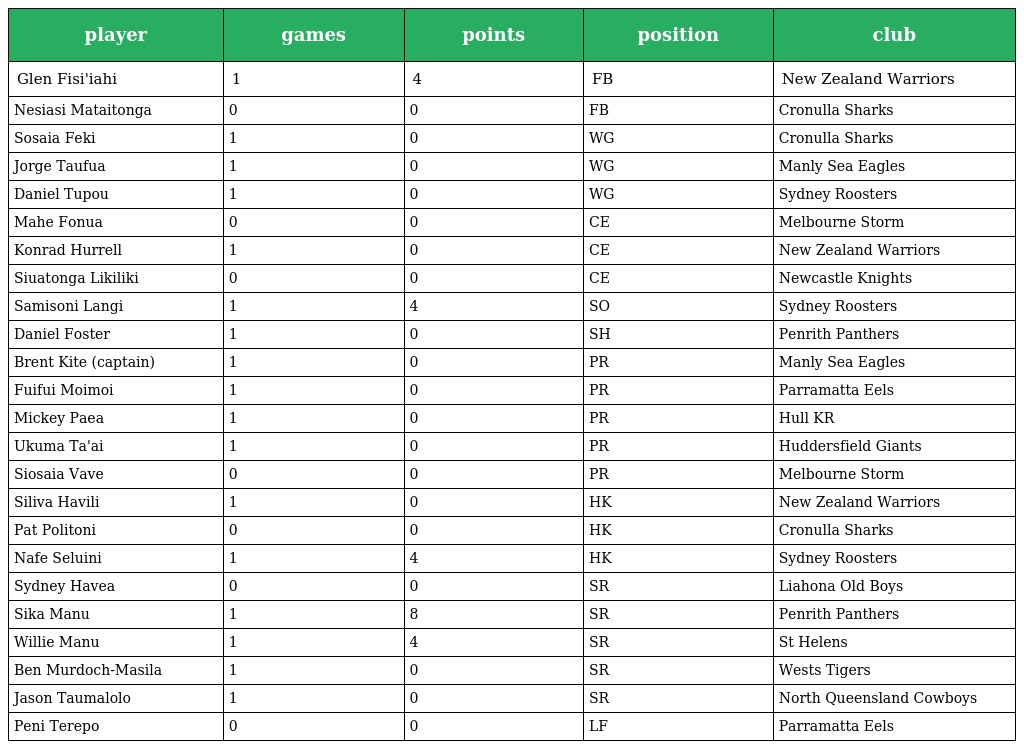
| player | games | points | position | club |
 | --- | --- | --- | --- | --- |
 | Glen Fisi'iahi | 1 | 4 | FB | New Zealand Warriors |
 | Nesiasi Mataitonga | 0 | 0 | FB | Cronulla Sharks |
 | Sosaia Feki | 1 | 0 | WG | Cronulla Sharks |
 | Jorge Taufua | 1 | 0 | WG | Manly Sea Eagles |
 | Daniel Tupou | 1 | 0 | WG | Sydney Roosters |
 | Mahe Fonua | 0 | 0 | CE | Melbourne Storm |
 | Konrad Hurrell | 1 | 0 | CE | New Zealand Warriors |
 | Siuatonga Likiliki | 0 | 0 | CE | Newcastle Knights |
 | Samisoni Langi | 1 | 4 | SO | Sydney Roosters |
 | Daniel Foster | 1 | 0 | SH | Penrith Panthers |
 | Brent Kite (captain) | 1 | 0 | PR | Manly Sea Eagles |
 | Fuifui Moimoi | 1 | 0 | PR | Parramatta Eels |
 | Mickey Paea | 1 | 0 | PR | Hull KR |
 | Ukuma Ta'ai | 1 | 0 | PR | Huddersfield Giants |
 | Siosaia Vave | 0 | 0 | PR | Melbourne Storm |
 | Siliva Havili | 1 | 0 | HK | New Zealand Warriors |
 | Pat Politoni | 0 | 0 | HK | Cronulla Sharks |
 | Nafe Seluini | 1 | 4 | HK | Sydney Roosters |
 | Sydney Havea | 0 | 0 | SR | Liahona Old Boys |
 | Sika Manu | 1 | 8 | SR | Penrith Panthers |
 | Willie Manu | 1 | 4 | SR | St Helens |
 | Ben Murdoch-Masila | 1 | 0 | SR | Wests Tigers |
 | Jason Taumalolo | 1 | 0 | SR | North Queensland Cowboys |
 | Peni Terepo | 0 | 0 | LF | Parramatta Eels |